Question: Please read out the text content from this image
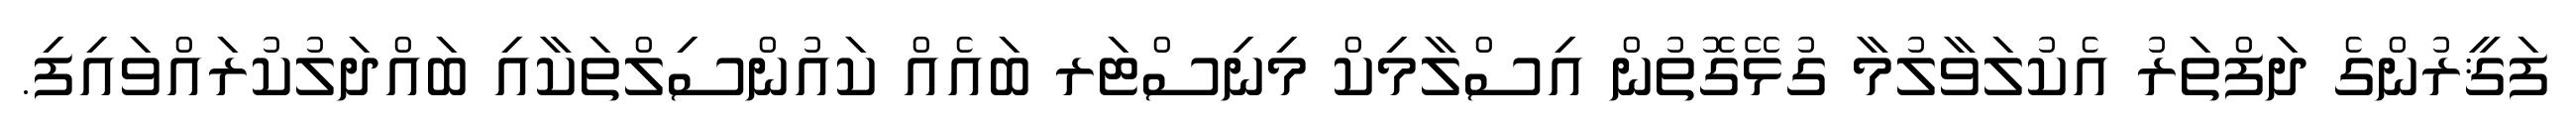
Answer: ފަޤީރުންގެ ދަފްތަރު އެކުލަވާލުމާ ގުޅޭގޮތުން އިސްލާމިކް މިނިސްޓަރ ބައެއް ކައުންސިލްތަކާއި ބައްދަލުކުރައްވައިފި.